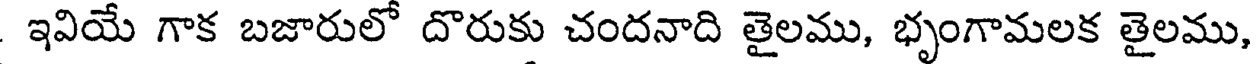
ఇవియే గాక బజారులో దొరుకు చందనాది తైలము, భృంగామలక తైలము,